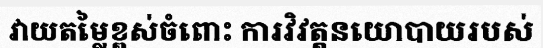
វាយតម្លៃខ្ពស់ចំពោះ ការវិវត្តនយោបាយរបស់